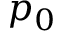
p _ { 0 }